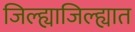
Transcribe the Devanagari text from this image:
जिल्ह्याजिल्ह्यात